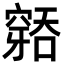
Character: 𮄐